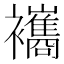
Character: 𧟃